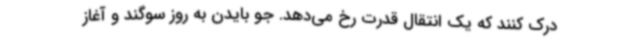
درک کنند که یک انتقال قدرت رخ می‌دهد. جو بایدن به روز سوگند و آغاز